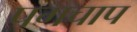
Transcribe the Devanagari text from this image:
पगचाप